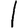
Digit: 1